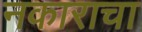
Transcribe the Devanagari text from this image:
नकाराचा